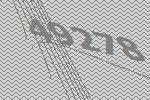
49278